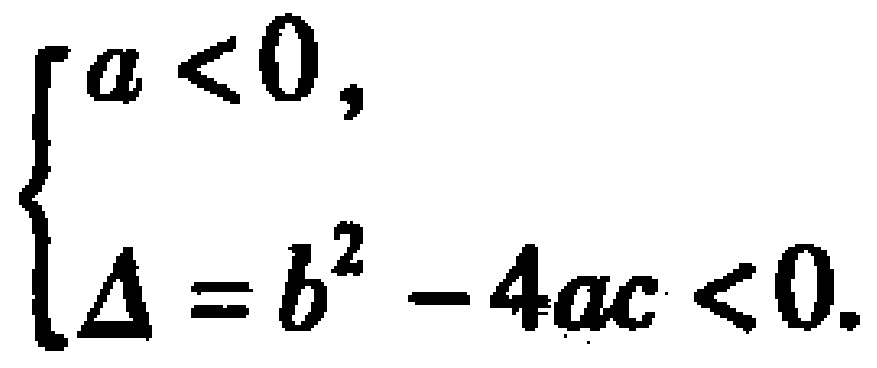
\[\begin{cases}

a < 0, \\

\Delta = b^{2} - 4ac < 0.

\end{cases}\]